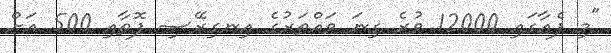
"މި ފެއާގައި 12000 ވުރެ ގިނަ ވައްތަރުގެ އިނގިރޭސި ފޮތާއި 500 އަށް